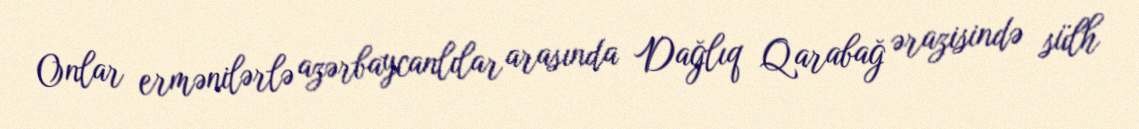
Onlar ermənilərlə azərbaycanlılar arasında Dağlıq Qarabağ ərazisində sülh